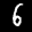
Label: 6